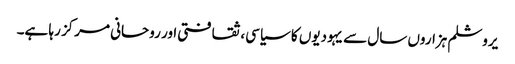
یروشلم ہزاروں سال سے یہودیوں کا سیاسی، ثقافتی اور روحانی مرکز رہا ہے۔